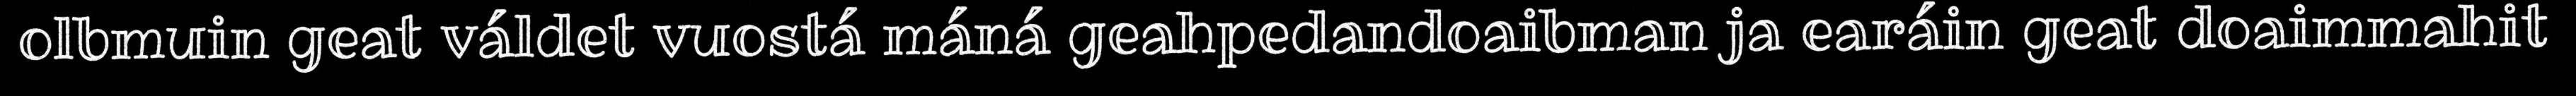
olbmuin geat váldet vuostá máná geahpedandoaibman ja earáin geat doaimmahit